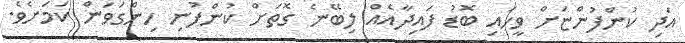
އަދި ކުންފުންޏަށް ވީހައި ބޮޑު ފައިދާއެއް ލިބޭނެ ގޮތަށް ކުންފުނި ހިންގަވަން ކަމަށެވެ.